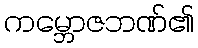
ကမ္ဘောဇဘဏ်၏